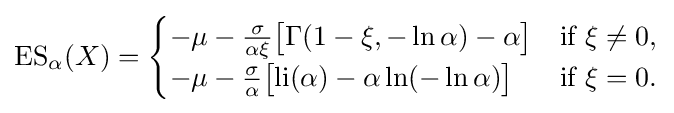
\operatorname {ES} _{\alpha }(X)={\begin{cases}-\mu -{\frac {\sigma }{\alpha \xi }}{\big [}\Gamma (1-\xi ,-\ln \alpha )-\alpha {\big ]}&{\text{if }}\xi \neq 0,\\-\mu -{\frac {\sigma }{\alpha }}{\big [}{\text{li}}(\alpha )-\alpha \ln(-\ln \alpha ){\big ]}&{\text{if }}\xi =0.\end{cases}}